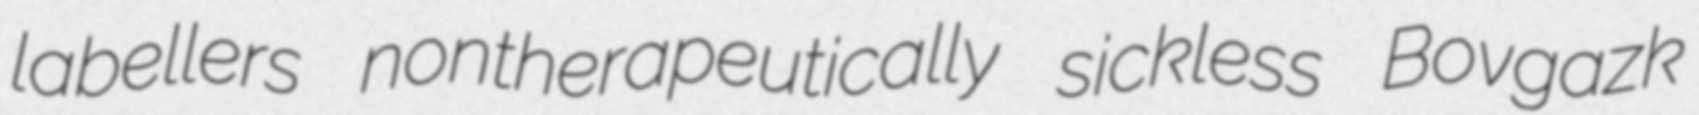
labellers nontherapeutically sickless Bovgazk